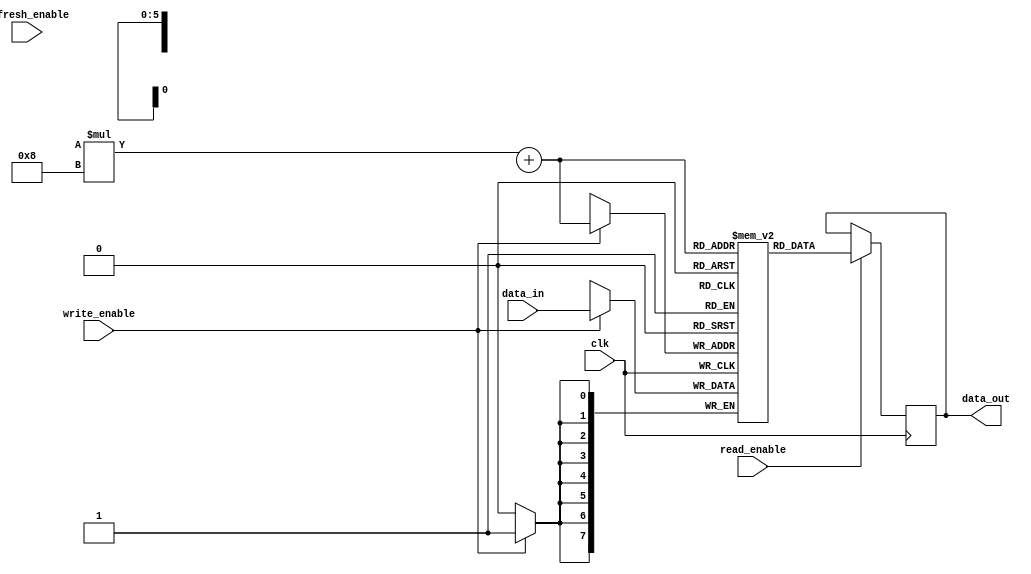
module DRAM (
    input wire clk,
    input wire write_enable,
    input wire read_enable,
    input wire refresh_enable,
    input wire [7:0] data_in,
    output reg [7:0] data_out
);

reg [7:0] memory_blocks [0:7][0:7];
reg [2:0] row_select;
reg [2:0] col_select;

always @(posedge clk) begin
    if (write_enable) begin
        memory_blocks[row_select][col_select] <= data_in;
    end
    if (read_enable) begin
        data_out <= memory_blocks[row_select][col_select];
    end
    if (refresh_enable) begin
        // Refresh mechanism code here
    end
end

endmodule